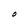
Character: O